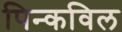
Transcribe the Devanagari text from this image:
पिन्कविल